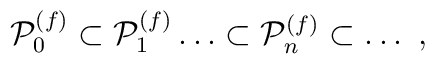
{\cal P}_0^{(f)} \subset  {\cal P}_1^{(f)} \dots \subset {\cal P}_n^{(f)} \subset \dots \ ,